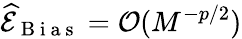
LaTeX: \widehat{\mathcal{E}}_{\mathrm{~B~i~a~s~}}=\mathcal{O}(M^{-p/2})